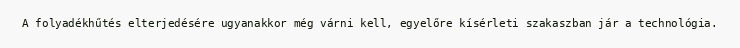
A folyadékhűtés elterjedésére ugyanakkor még várni kell, egyelőre kísérleti szakaszban jár a technológia.